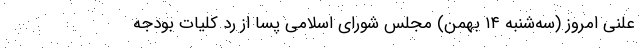
علنی امروز (سه‌شنبه ۱۴ بهمن) مجلس شورای اسلامی پسا از رد کلیات بودجه